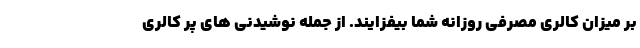
بر میزان کالری مصرفی روزانه شما بیفزایند. از جمله نوشیدنی های پر کالری